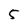
Character: 5